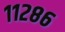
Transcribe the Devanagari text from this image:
११२८६